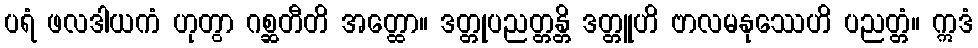
ပရံ ဖလဒါယကံ ဟုတွာ ဂစ္ဆတီတိ အတ္ထော။ ဒတ္တုပညတ္တန္တိ ဒတ္တူဟိ ဗာလမနုဿေဟိ ပညတ္တံ။ ဣဒံ